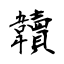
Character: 韥